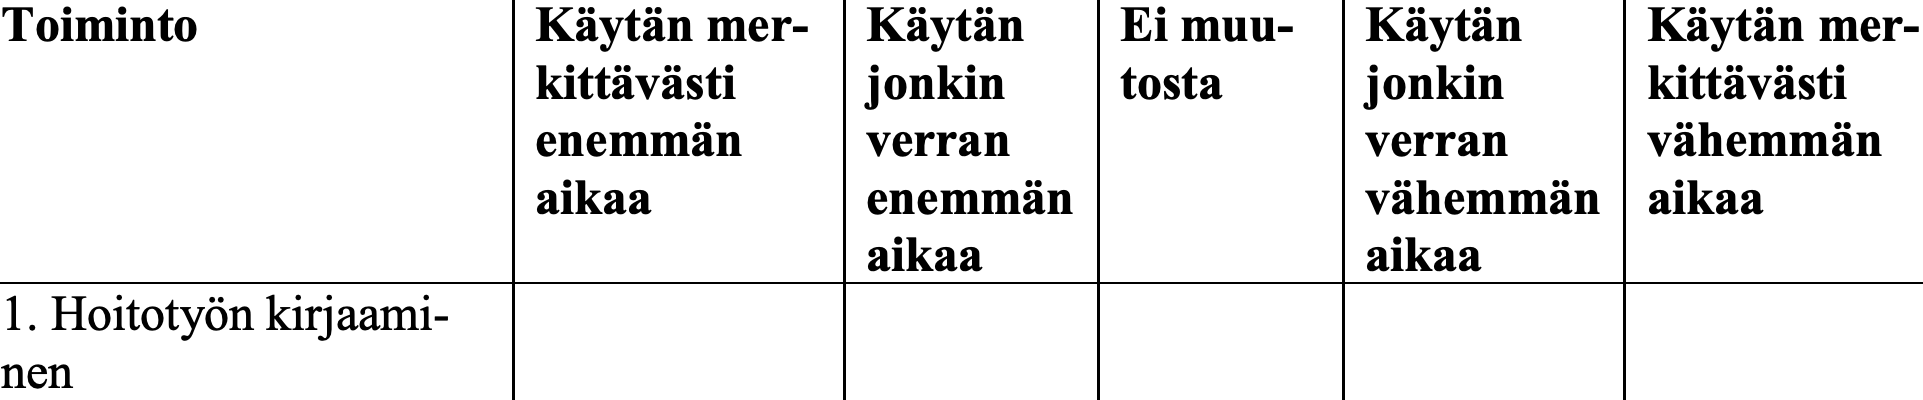
Toiminto         Käytän mer- Käytän  Ei muu- Käytän   Käytän mer- kittävästi jonkin   tosta   jonkin   kittävästi enemmän    verran           verran   vähemmän aikaa      enemmän          vähemmän aikaa aikaa            aikaa 1. Hoitotyön kirjaami- nen